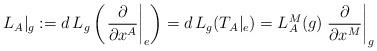
\begin{align*}L_{A}|_{g}:=d\,L_{g}\left( \left.\frac{\partial }{\partial x^{A}}\right|_{e} \right)=d\,L_{g}(T_{A}|_{e})=L^{M}_{A}(g)\left. \frac{\partial }{\partial x^{M}} \right|_{g}\end{align*}